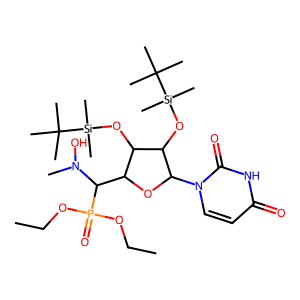
SMILES: CCOP(=O)(OCC)C(C1OC(n2ccc(=O)[nH]c2=O)C(O[Si](C)(C)C(C)(C)C)C1O[Si](C)(C)C(C)(C)C)N(C)O
Inhibits HIV replication: No